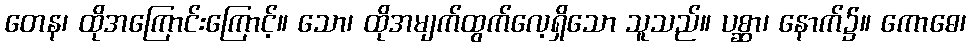
တေန၊ ထိုအကြောင်းကြောင့်။ သော၊ ထိုအမျက်ထွက်လေ့ရှိသော သူသည်။ ပစ္ဆာ၊ နောက်၌။ ကောဓေ၊